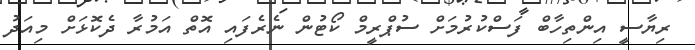
ރިޔާސީ އިންތިހާބް ފަސްކުރުމަށް ސުޕްރީމް ކޯޓުން ނެރެފައި އޮތް އަމުރާ ދެކޮޅަށް މިއަދު